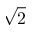
\sqrt { 2 }